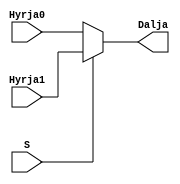
`timescale 1ns / 1ps
//////////////////////////////////////////////////////////////////////////////////
// Company: 
// Engineer: 
// 
// Design Name: 
// Module Name: mux2ne1
// Project Name: 
// Target Devices: 
// Tool Versions: 
// Description: 
// 
// Dependencies: 
// 
// Revision:
// Revision 0.01 - File Created
// Additional Comments:
// 
//////////////////////////////////////////////////////////////////////////////////


module mux2ne1(
    input Hyrja0,
    input Hyrja1,
    input S,
    output Dalja
    );
    
    assign Dalja = S ? Hyrja1 : Hyrja0;
endmodule